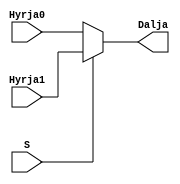
`timescale 1ns / 1ps
//////////////////////////////////////////////////////////////////////////////////
// Company: 
// Engineer: 
// 
// Design Name: 
// Module Name: mux2ne1
// Project Name: 
// Target Devices: 
// Tool Versions: 
// Description: 
// 
// Dependencies: 
// 
// Revision:
// Revision 0.01 - File Created
// Additional Comments:
// 
//////////////////////////////////////////////////////////////////////////////////


module mux2ne1(
    input Hyrja0,
    input Hyrja1,
    input S,
    output Dalja
    );
    
    assign Dalja = S ? Hyrja1 : Hyrja0;
endmodule